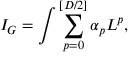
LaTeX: I _ { G } = \int \sum _ { p = 0 } ^ { [ D / 2 ] } \alpha _ { p } L ^ { p } ,